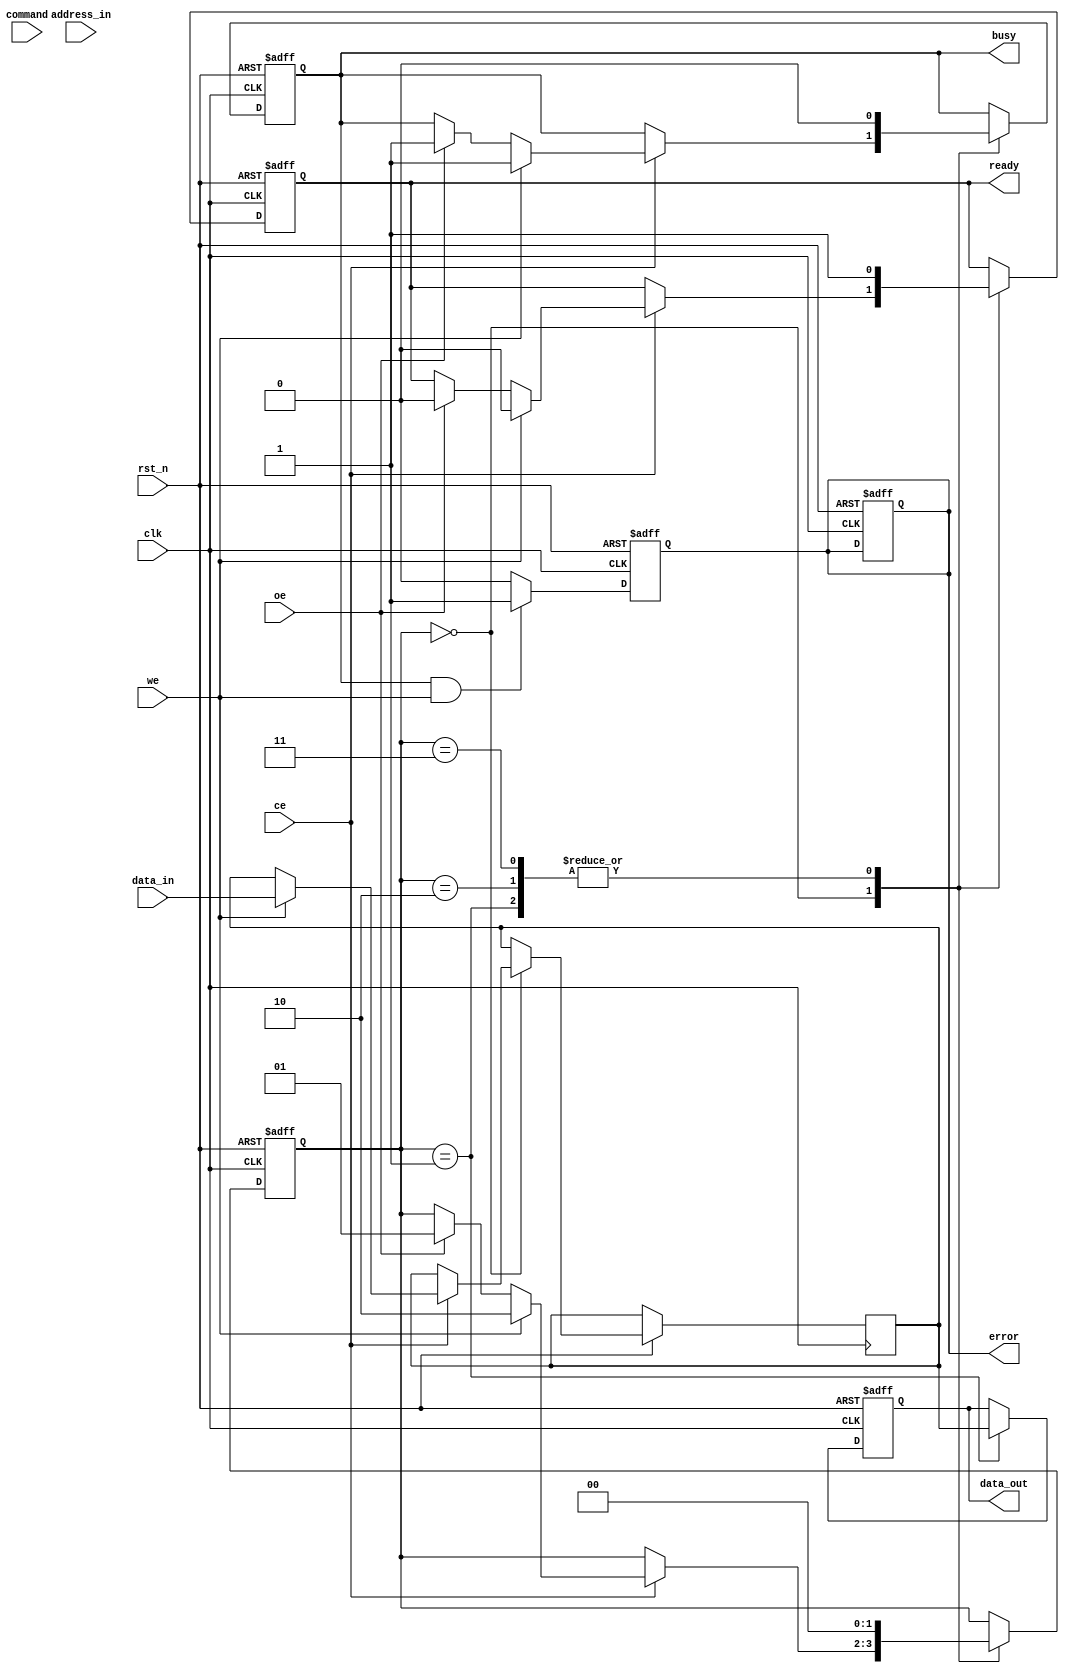
module slc_nand_io_block (
    input wire clk,               // System clock
    input wire rst_n,             // Active low reset
    input wire [31:0] data_in,    // Data input from external controller
    input wire [15:0] address_in,  // Address input from external controller
    input wire ce,                // Chip Enable
    input wire we,                // Write Enable
    input wire oe,                // Output Enable
    input wire [3:0] command,     // Command input (e.g., READ, WRITE, ERASE)
    output reg [31:0] data_out,    // Data output to external controller
    output reg busy,              // Busy status signal
    output reg ready,             // Ready status signal
    output reg error              // Error status signal
);

    // Internal registers
    reg [31:0] data_buffer;        // Input buffer
    reg [15:0] address_latch;      // Address latch
    reg [1:0] state;               // State machine
    localparam IDLE = 2'b00, READ = 2'b01, WRITE = 2'b10, ERASE = 2'b11;

    // State machine for control logic
    always @(posedge clk or negedge rst_n) begin
        if (!rst_n) begin
            state <= IDLE;
            busy <= 0;
            ready <= 1;
            error <= 0;
            data_out <= 32'b0;
        end else begin
            case (state)
                IDLE: begin
                    if (ce) begin
                        if (we) begin
                            // Write operation
                            data_buffer <= data_in;
                            address_latch <= address_in;
                            busy <= 1;
                            ready <= 0;
                            state <= WRITE;
                        end else if (oe) begin
                            // Read operation
                            address_latch <= address_in;
                            busy <= 1;
                            ready <= 0;
                            state <= READ;
                        end
                    end
                end
                
                READ: begin
                    // Simulate read operation
                    data_out <= data_buffer; // Replace with actual read logic
                    busy <= 0;
                    ready <= 1;
                    state <= IDLE;
                end
                
                WRITE: begin
                    // Simulate write operation
                    // Replace with actual write logic
                    busy <= 0;
                    ready <= 1;
                    state <= IDLE;
                end
                
                ERASE: begin
                    // Simulate erase operation
                    // Replace with actual erase logic
                    busy <= 0;
                    ready <= 1;
                    state <= IDLE;
                end
                
                default: state <= IDLE;
            endcase
        end
    end

    // Status register logic
    always @(posedge clk or negedge rst_n) begin
        if (!rst_n) begin
            error <= 0;
        end else begin
            // Error detection logic can be implemented here
            // For example, if a write is attempted while busy
            if (busy && we) begin
                error <= 1; // Set error if write is attempted while busy
            end else begin
                error <= 0; // Clear error otherwise
            end
        end
    end

endmodule